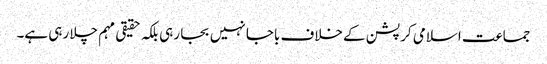
جماعت اسلامی کرپشن کے خلاف باجا نہیں بجا رہی بلکہ حقیقی مہم چلا رہی ہے۔